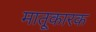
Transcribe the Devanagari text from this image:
मातृ्कारक